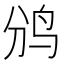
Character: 𱉑